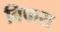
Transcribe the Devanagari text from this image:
बिफरा